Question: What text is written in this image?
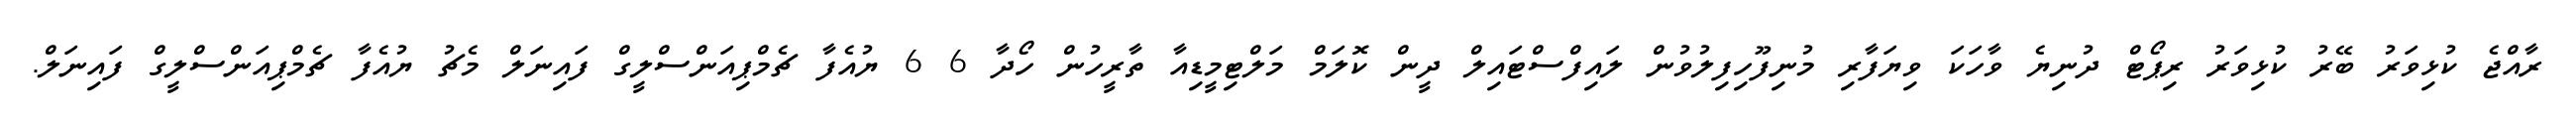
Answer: ރާއްޖެ ކުޅިވަރު ބޭރު ކުޅިވަރު ރިޕޯޓް ދުނިޔެ ވާހަކަ ވިޔަފާރި މުނިފޫހިފިލުވުން ލައިފްސްޓައިލް ދީން ކޮލަމް މަލްޓިމީޑިއާ ތާރީހުން ހޯދާ 6 6 ޔުއެފާ ޗެމްޕިއަންސްލީގް ފައިނަލް މެޗު ޔުއެފާ ޗެމްޕިއަންސްލީގް ފައިނަލް.